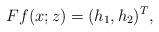
\begin{align*}Ff(x;z)=(h_{1},h_{2})^T,\end{align*}